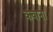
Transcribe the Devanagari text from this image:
कवाना